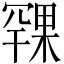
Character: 𪳨